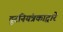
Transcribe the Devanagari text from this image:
दूरनियंत्रकाद्वारे